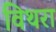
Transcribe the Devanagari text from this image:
विथरा